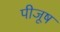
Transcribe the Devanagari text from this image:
पीजूष